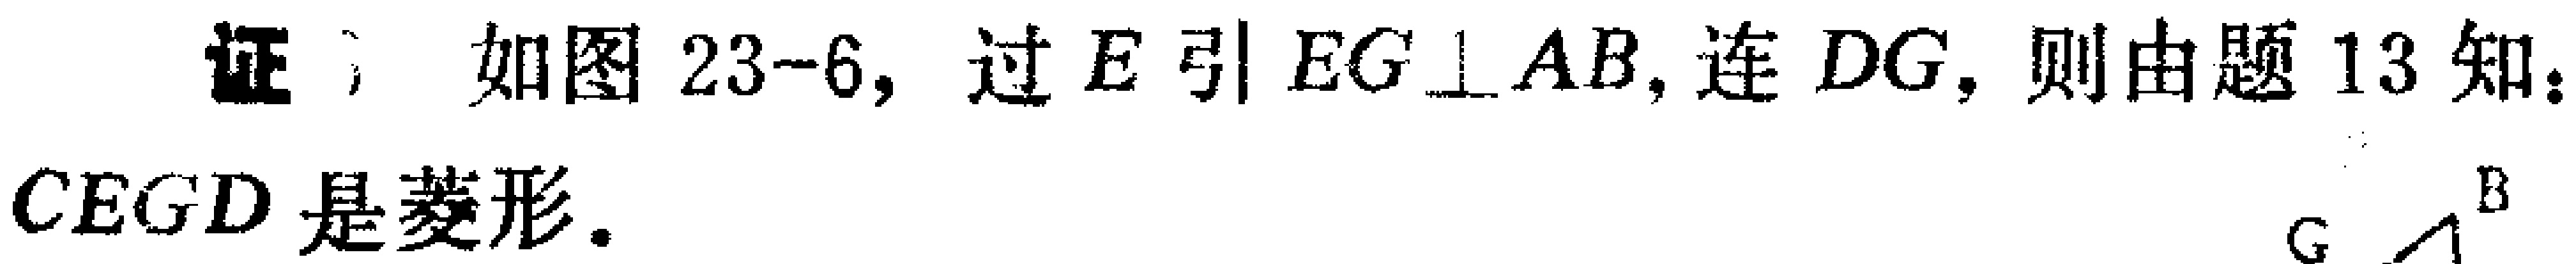
证：如图 23-6, 过\(E\)引\(EG\perp AB\), 连\(DG\), 则由题 13 知：\(CEGD\)是菱形.